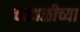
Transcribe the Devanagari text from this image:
चळ्वळीच्या